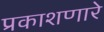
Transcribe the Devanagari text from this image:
प्रकाशणारे